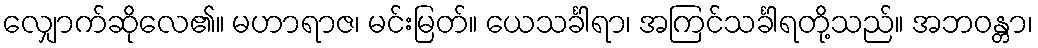
လျှောက်ဆိုလေ၏။ မဟာရာဇ၊ မင်းမြတ်။ ယေသင်္ခါရာ၊ အကြင်သင်္ခါရတို့သည်။ အဘဝန္တာ၊